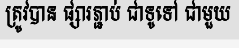
ត្រូវបាន ផ្សារភ្ជាប់ ជាទូទៅ ជាមួយ